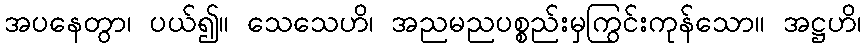
အပနေတွာ၊ ပယ်၍။ သေသေဟိ၊ အညမညပစ္စည်းမှကြွင်းကုန်သော။ အဋ္ဌဟိ၊